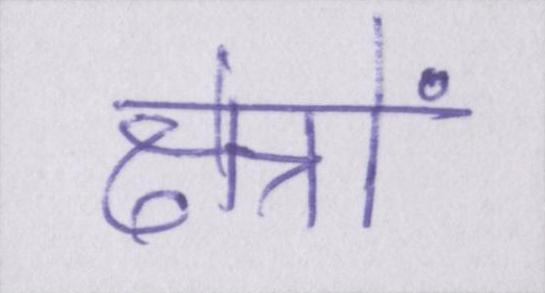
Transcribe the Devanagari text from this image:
क्षेत्रों